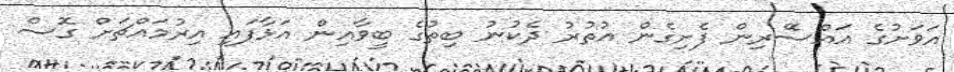
އަވަށުގެ އައްސޭރިން ފެށިގެން އުތުރު ދެކުނު ބިތުގެ ބީވާއިން އަޅާފައި އިރުމައްޗަށް ގޮސް